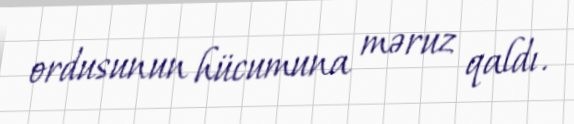
ordusunun hücumuna məruz qaldı.